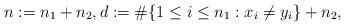
LaTeX: \begin{align*}n:=n_1+n_2, d:=\#\{ 1 \leq i\leq n_1: x_i \neq y_i\}+n_2,\end{align*}